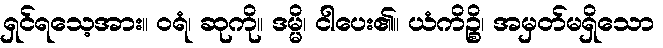
ရှင်ရသေ့အား။ ဝရံ၊ ဆုကို။ ဒမ္မိ၊ ငါပေး၏။ ယံကိဉ္စိ၊ အမှတ်မရှိသော